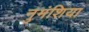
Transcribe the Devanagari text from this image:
नुमंशिया